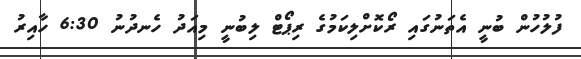
ފުލުހުން ބުނީ އެތަނުގައި ރޯކޮށްލިކަމުގެ ރިޕޯޓް ލިބުނީ މިއަދު ހެނދުނު 6:30 ހާއިރު